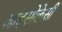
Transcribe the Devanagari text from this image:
आइसोक्रेसी